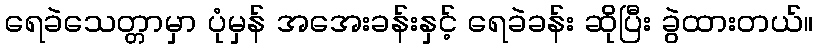
ရေခဲသေတ္တာမှာ ပုံမှန် အအေးခန်းနှင့် ရေခဲခန်း ဆိုပြီး ခွဲထားတယ်။